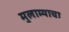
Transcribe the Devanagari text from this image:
मुलाम्याचा